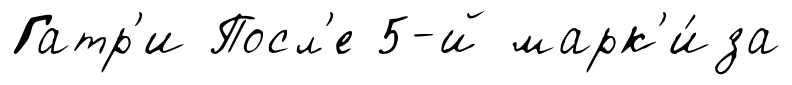
Гатр'и Посл'е 5-й марк'и́за